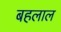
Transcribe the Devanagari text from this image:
बहलाल